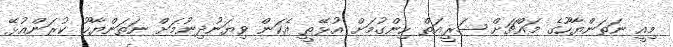
މިއީ ނަތަންޔާހޫގެ މައްޗަށް ޝަރީއަތް ހިންގުމަށް އުޅޭތީ އެކަން ވިޔަނުދިނުމަށް ނަތަންޔާހޫ ކުރަންއުޅޭ